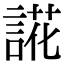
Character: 誮